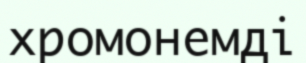
хромонемді